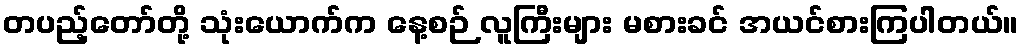
တပည့်တော်တို့ သုံးယောက်က နေ့စဉ် လူကြီးများ မစားခင် အယင်စားကြပါတယ်။